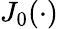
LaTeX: J_{0}(\cdot)